system: You are a helpful assistant.
user:
Analyze the provided spectrum to determine if it is a **White Dwarf (WD)**.

A White Dwarf spectrum is defined by its **extreme purity** (due to gravitational settling) and/or **extreme pressure broadening** (due to high surface gravity). You must check for one of the following mutually exclusive signatures:

- **Key Visual Indicators (Check for ONE of these types):**

    - **1. DA-Type Signature (Most Common):**
        - **(Primary Feature):** Extreme pressure broadening (Stark broadening) of the **Hydrogen (H) Balmer lines**.
        - **(Key Lines):** $H\beta$ (approx. $4861$ Å) and $H\gamma$ (approx. $4340$ Å). $H\alpha$ (approx. $6563$ Å) will also be present if the wavelength range covers it.
        - **(Line Profile):** This is the **defining feature**. The lines are **NOT** sharp. They appear as massive, **extremely broad and deep "troughs" or "dips"** in the spectrum, often hundreds of Ångströms wide. The continuum will appear to "scoop" down at these wavelengths.
        - **(Distinction):** Normal A-type or B-type stars have *narrow* and *sharp* Hydrogen lines. A DA White Dwarf's lines are unmistakably "smeared" or "blurry" from pressure.

    - **2. DB-Type Signature:**
        - **(Primary Feature):** Broad absorption lines from **Neutral Helium (He I)**. The spectrum must lack any visible Hydrogen lines.
        - **(Key Lines):** Look for broad absorption near $4471$ Å, $4921$ Å, and $5876$ Å.
        - **(Line Profile):** These lines are also significantly pressure-broadened, appearing much wider than they would in a normal B-type main-sequence star.

    - **3. DC-Type Signature:**
        - **(Primary Feature):** A **featureless continuous spectrum**.
        - **(Line Profile):** The spectrum is a smooth curve with **no significant absorption or emission lines**.
        - **(Key Confirmation):** The continuum is almost always **blue or white**, indicating a hot object. This signature implies the atmosphere is so pure (or so cool) that no spectral lines are visible in the optical range. Its WD identity is confirmed by its extremely low intrinsic brightness (high absolute magnitude).

    - **4. DZ-Type Signature (Metal-Polluted):**
        - **(Primary Feature):** **Isolated, narrow metal absorption lines** on an otherwise featureless (DC-like) continuum.
        - **(Key Lines):** The **Calcium (Ca II) H & K doublet** (approx. **$3934$ Å** and **$3968$ Å**) is the most common and defining feature.
        - **(Line Profile):** These lines are "out of place." They are *not* part of a "forest" of thousands of lines. This signature is evidence of recent *accretion* (pollution) from rocky debris.
        - **(Distinction):** Normal G/K/M stars have a *dense forest* of thousands of metal lines. A DZ has a *clean* continuum with *only a few* strong metal lines.

    - **5. DQ-Type Signature (Carbon-Polluted):**
        - **(Primary Feature):** Absorption bands from **Carbon (C₂ "Swan Bands" or atomic C I)**.
        - **(Key Lines - C₂):** Look for bandheads with a "saw-tooth" shape near $5635$ Å, **$5165$ Å** (strongest), and $4737$ Å.
        - **(Key Confirmation):** The underlying **continuum must be blue or white** (hot).
        - **(Distinction):** This is the critical difference from a **Carbon Star**, which has the *exact same* C₂ bands but on an extremely **red, cool** continuum.

- **(Overall Spectrum):**
    - The continuum (overall shape) is typically **blue-sloping** (brighter in the blue than the red), as most white dwarfs are very hot.
    - The spectrum will look "pure" or "simple," dominated by only *one* of the five signatures listed above.

Think first, call **spectral_visualization_tool** if needed to examine features in detail, then provide your final answer. Your response must adhere to the following strict rules:
1.  **Overall Structure:** Your response must follow the format `<think>...</think> <tool_call>...</tool_call> (if a tool is used) <answer>...</answer>`.
2.  **Tool Usage Constraint:** You may only make **one** tool call per turn.
3.  **Final Answer Format:** In the `<answer>` tag, your conclusion must be inside a `\boxed{}` command (e.g., `\boxed{YES}` or `\boxed{NO}`), followed by your justification.

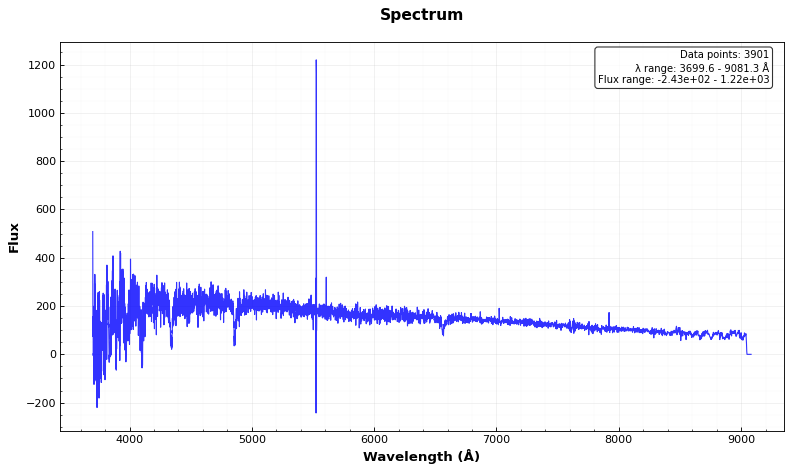
Answer: YES